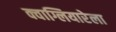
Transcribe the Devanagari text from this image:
क्वाग्लियारेला